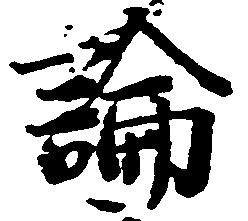
論